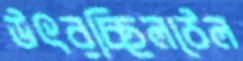
উৎরচ্ছিলঠেল